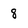
Character: 8